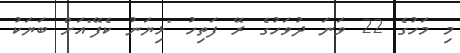
މި މަހުގެ 22 ވަނަ ދުވަހުގެ ރޭ ފަތިހު "ޅިޔަނު ކެފޭ"އަށް ބަޔަކު